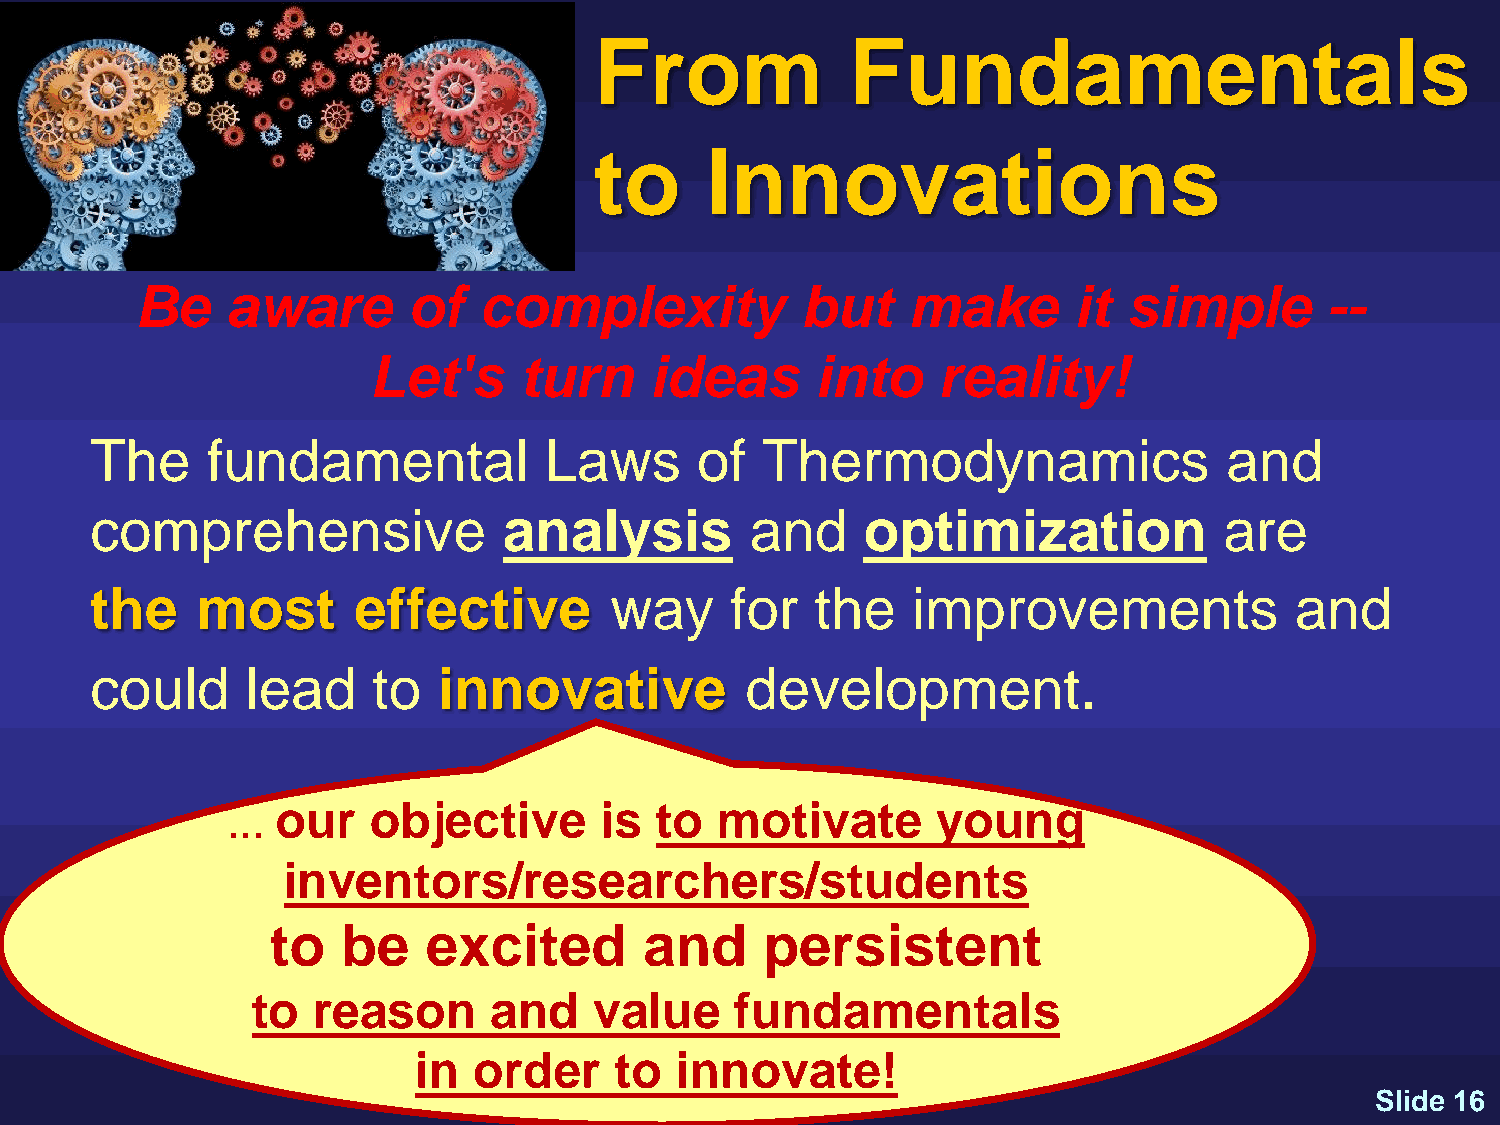
From             Fundamentals
 to      Innovations
 Be    aware       of   complexity           but    make       it  simple       --
 Let's     turn     ideas      into    reality!
 The     fundamental           Laws      of  Thermodynamics                 and
 comprehensive              analysis         and    optimization            are
 the    most      effective        way     for   the   improvements              and
 could     lead     to  innovative          development.
 our   objective       is to  motivate       young
 …
 inventors/researchers/students
 to   be   excited        and     persistent
 to  reason      and   value     fundamentals
 in  order     to  innovate!
 •www.kostic.niu.edu                                Slide 16